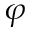
\varphi